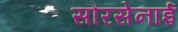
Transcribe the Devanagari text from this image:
सौरसेनाई